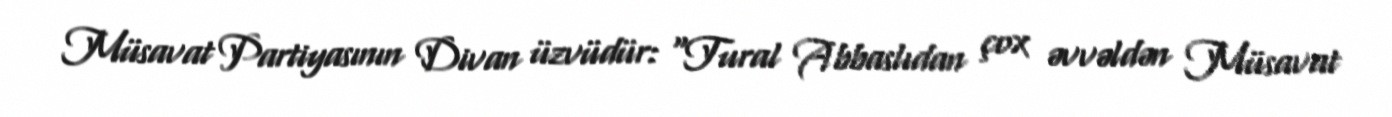
Müsavat Partiyasının Divan üzvüdür: “Tural Abbaslıdan çox əvvəldən Müsavat